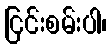
ငြင်းစမ်းပါ၊